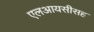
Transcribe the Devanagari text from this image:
एलआयसीसह